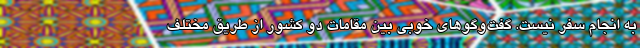
به انجام سفر نیست. گفت‌وگوهای خوبی بین مقامات دو کشور از طریق مختلف